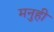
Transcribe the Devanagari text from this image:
मनुही